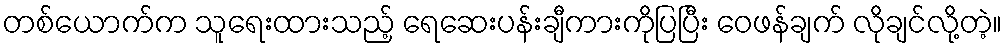
တစ်ယောက်က သူရေးထားသည့် ရေဆေးပန်းချီကားကိုပြပြီး ဝေဖန်ချက် လိုချင်လို့တဲ့။